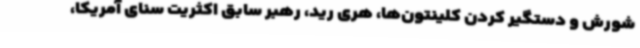
شورش و دستگیر کردن کلینتون‌ها، هری رید، رهبر سابق اکثریت سنای آمریکا،